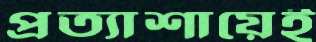
প্রত্যাশায়েই